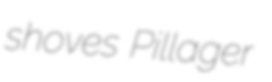
shoves Pillager